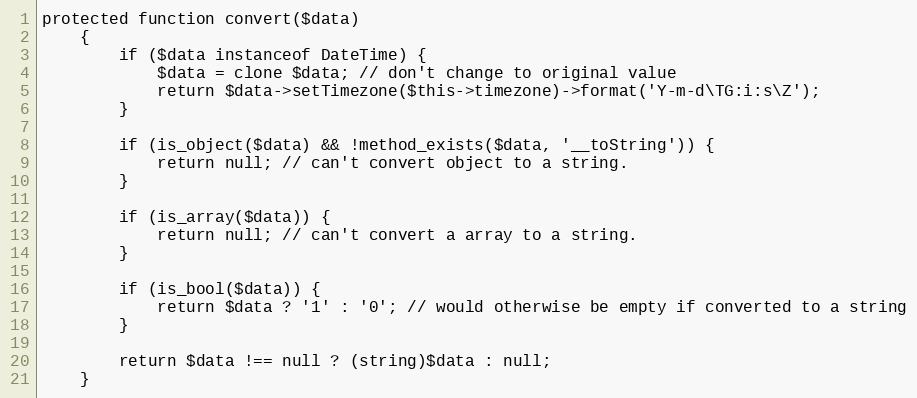
Language: PHP
protected function convert($data)
    {
        if ($data instanceof DateTime) {
            $data = clone $data; // don't change to original value
            return $data->setTimezone($this->timezone)->format('Y-m-d\TG:i:s\Z');
        }

        if (is_object($data) && !method_exists($data, '__toString')) {
            return null; // can't convert object to a string.
        }

        if (is_array($data)) {
            return null; // can't convert a array to a string.
        }

        if (is_bool($data)) {
            return $data ? '1' : '0'; // would otherwise be empty if converted to a string
        }

        return $data !== null ? (string)$data : null;
    }